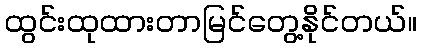
ထွင်းထုထားတာမြင်တွေ့နိုင်တယ်။